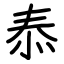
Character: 㤗